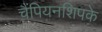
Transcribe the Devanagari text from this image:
चैंपियनशिपके